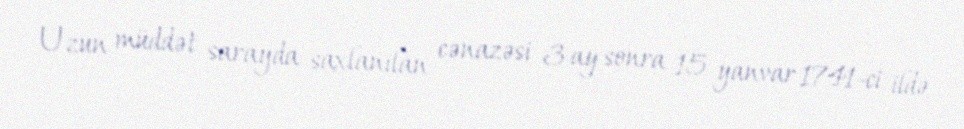
Uzun müddət sarayda saxlanılan cənazəsi 3 ay sonra 15 yanvar 1741-ci ildə